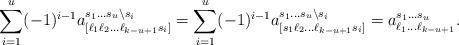
LaTeX: \begin{align*}\sum_{i=1}^{u} (-1)^{i-1}a_{[\ell_1\ell_2\dots \ell_{k-u+1}s_i]}^{s_1\dots s_{u}\setminus s_i}=\sum_{i=1}^{u} (-1)^{i-1}a_{[s_1\ell_2\dots \ell_{k-u+1}s_i]}^{s_1\dots s_{u}\setminus s_i} =a^{s_1\dots s_u}_{\ell_1\dots\ell_{k-u+1}}.\end{align*}